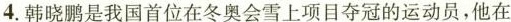
4.韩晓鹏是我国首位在冬奥会雪上项目夺冠的运动员，他在